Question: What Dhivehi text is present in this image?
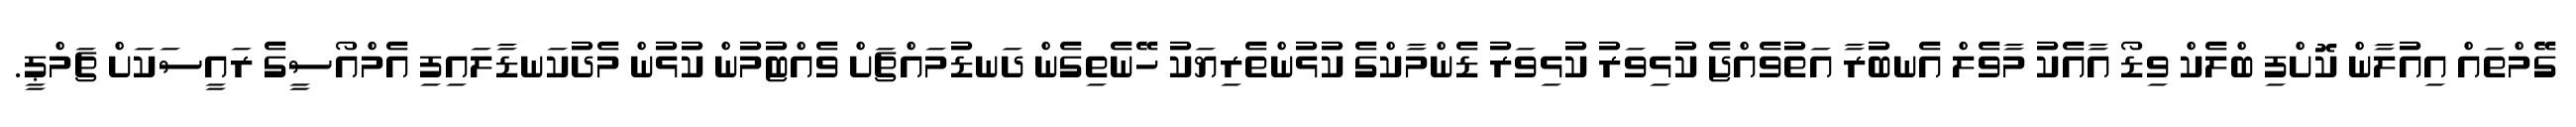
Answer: ގޭމްތައް އިއުލާން ކޮށްފި ބްލެކް ވިޑޯ އާއެކު މާވެލް އެނބުރާ އަތުވެއްޖެ ކުޅިވަރު ކުޅިވަރު ޑެންމާކްގެ ކުޅުންތެރިޔަކު ހޭނެތިގެން ދަނޑުމައްޗަށް ވެއްޓުމުން ކުޅުން މެދުކަނޑާލައިފި އެމްއޯސީގެ ރައީސަކަށް ޗަމްޕީ.